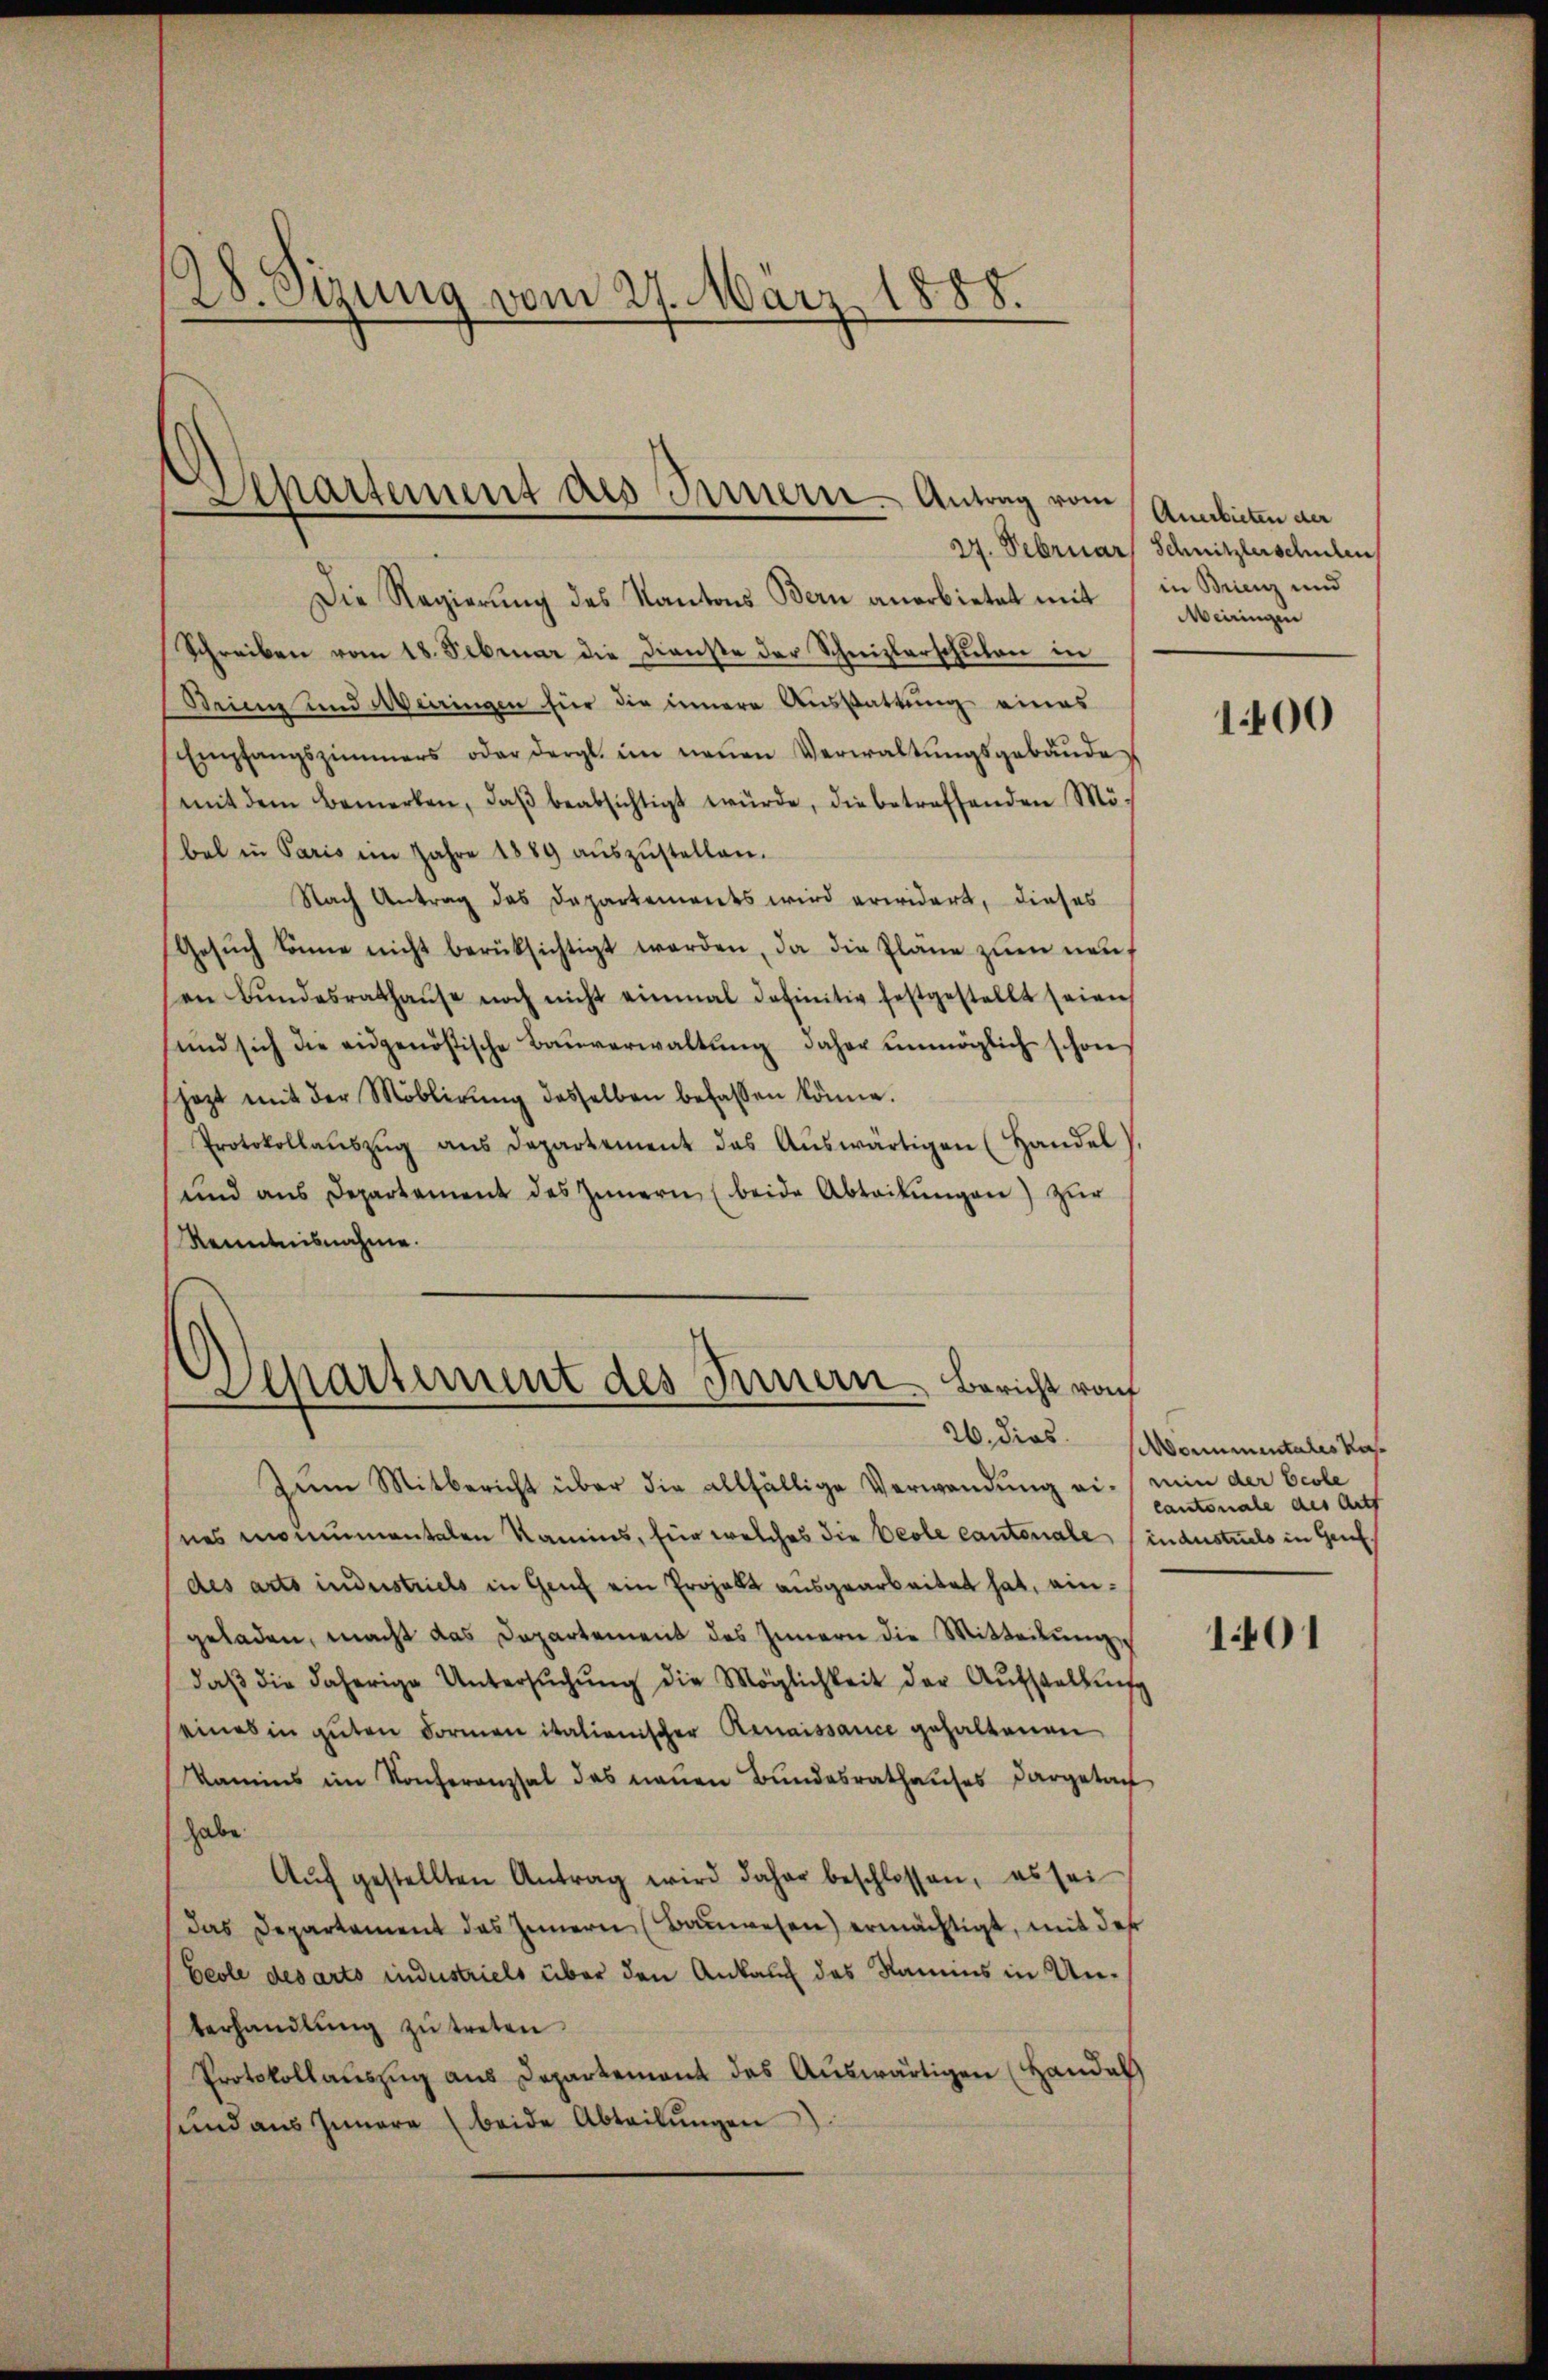
28. Sizung vom 27. März 1888.

Departement des Innern Antrag vom

Die Regierung des Kantons Bern anerbietet mit in Bring und
Schreiben vom 18. Februar die Dienste der Schnizlerschulen in
Dein und Meiringen für die innere Ausstattung eines
Empfangszimmers oder dergl. im neŭen Verwaltŭngsgebäŭde
mit dem Bemerken, daβ beabsichtigt würde, die betreffenden Mö-
bal in Paris im Jahre 1889 aŭszŭstellen.
Nach Antrag das Departements wird erwidert, dieses
Gesŭch könne nicht berüksichtigt werden, da die Pläne zŭm neuf
en Bŭndesrathaŭse noch nicht einmal definitiv festgestellt seien
und sich die eidgenößische Bauverwaltung daher unmöglich schon
jezt mit der Möblirung desselben befassen könne.
Protokollaŭszŭg ans Departement das Aŭswärtigen (Handel
und ans Departement des Innern (beide Abteilŭngen) zur
Kenntnisnahme.

Zum Mitbericht über die allfällige Verwendung ein min der Ecole
nes monumentalen Kamins, für welches die Verle cantonale, industuels in Genf
des arts industriels in Genf ein Projekt ausgearbeitet hat, eingeladen, macht das Departement des Innern die Mitteilung
daβ die daherige Untersŭchŭng die Möglichkeit der Aŭfstellŭng
seines in guten Formen italienischer Renaissance gehaltenen
Kamins im Konferenzsal das neuen Bundesrathauses dargetan
habe.
Aŭf gestellten Antrag wird daher beschlossen, es sei
das Departament das Innern (Bauwesen) ermächtigt, mit des
Ecole des arts industriels über den Ankauf des Namens in Unterhandlung zu treten.
Protokollauszug aus Departement des Auswärtigen (Handel
sund aŭs Innere (beide Abteilŭngen)

Departement des Innern Bericht vom

Anerbieten der
27. Februar Schnitzlerschulen
Meiringen

1400

26. dies Monumentales Kos
cantonale des Mitt

1401